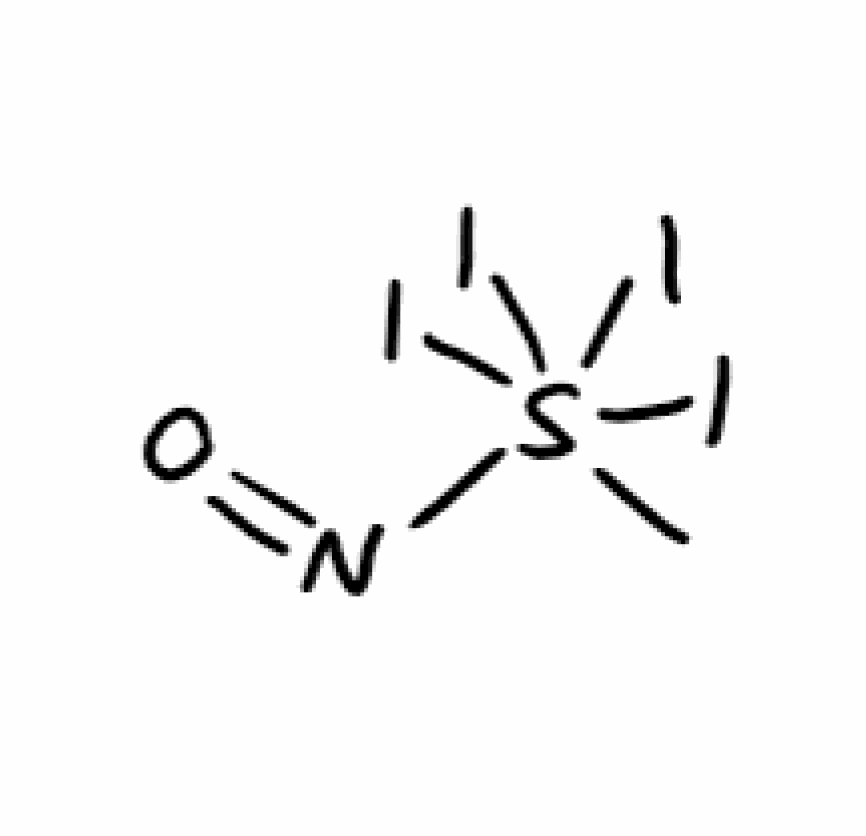
Simplified molecular-input line-entry system (SMILES) notation of the given molecule:
CS(N=O)(I)(I)(I)I